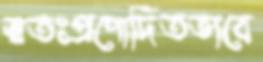
স্বতঃপ্রণোদিতভাবে